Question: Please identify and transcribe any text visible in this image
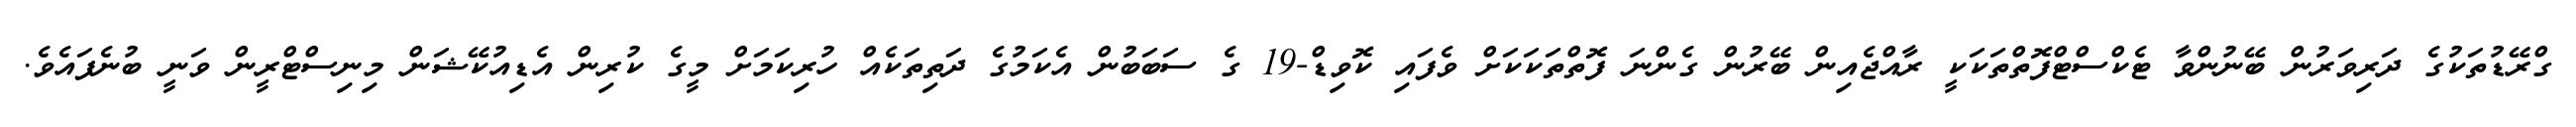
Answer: ގްރޭޑުތަކުގެ ދަރިވަރުން ބޭނުންވާ ޓެކްސްޓްފޮތްތަކަކީ ރާއްޖެއިން ބޭރުން ގެންނަ ފޮތްތަކަކަށް ވެފައި ކޮވިޑް-19 ގެ ސަބަބުން އެކަމުގެ ދަތިތަކެއް ހުރިކަމަށް މީގެ ކުރިން އެޑިއުކޭޝަން މިނިސްޓްރީން ވަނީ ބުނެފައެވެ.